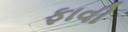
ફાવી